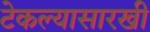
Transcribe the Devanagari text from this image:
टेकल्यासारखी